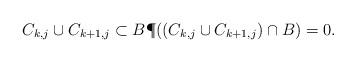
LaTeX: \begin{align*} C_{k,j}\cup C_{k+1,j} \subset B \P(( C_{k,j}\cup C_{k+1,j}) \cap B )=0.\end{align*}